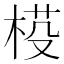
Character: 𣓒